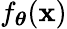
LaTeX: f_{\boldsymbol{\theta}}(\boldsymbol{\mathbf{x}})